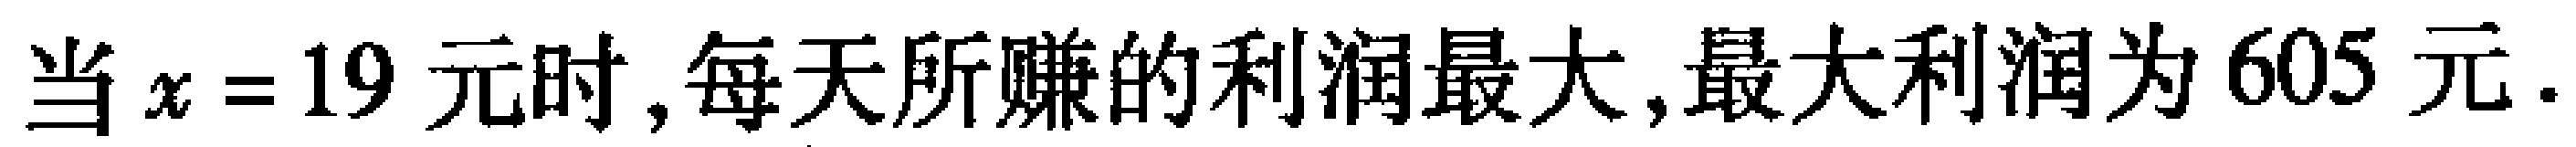
当$x = 19$元时,每天所赚的利润最大,最大利润为$605$元.